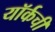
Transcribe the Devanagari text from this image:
यॉर्कची